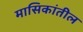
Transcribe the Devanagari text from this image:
मासिकांतील